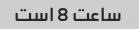
ساعت 8 است